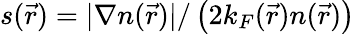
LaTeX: s(\vec{r})={|\nabla n(\vec{r})|}/\left(2k_{F}(\vec{r})n(\vec{r})\right)